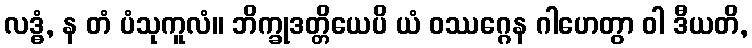
လဒ္ဓံ, န တံ ပံသုကူလံ။ ဘိက္ခုဒတ္တိယေပိ ယံ ဝဿဂ္ဂေန ဂါဟေတွာ ဝါ ဒီယတိ,